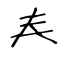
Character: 𡗗